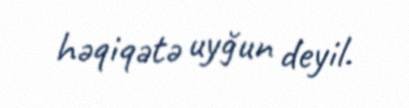
həqiqətə uyğun deyil.